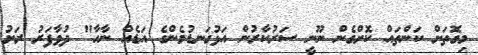
މިގޮތަށް ކަންތައް ކޮށްގެން ނޫނީ ސަރުކާރުން އަޅުގަނޑުމެންގެ އަޑެއް ނާހާ" ދުވާފަރު ރަށު